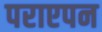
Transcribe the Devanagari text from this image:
पराएपन